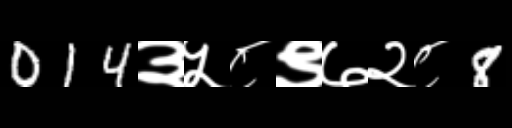
Text: 014३५८९७२८8